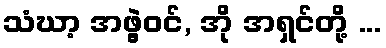
သံဃာ့ အဖွဲ့ဝင်, အို အရှင်တို့ ...